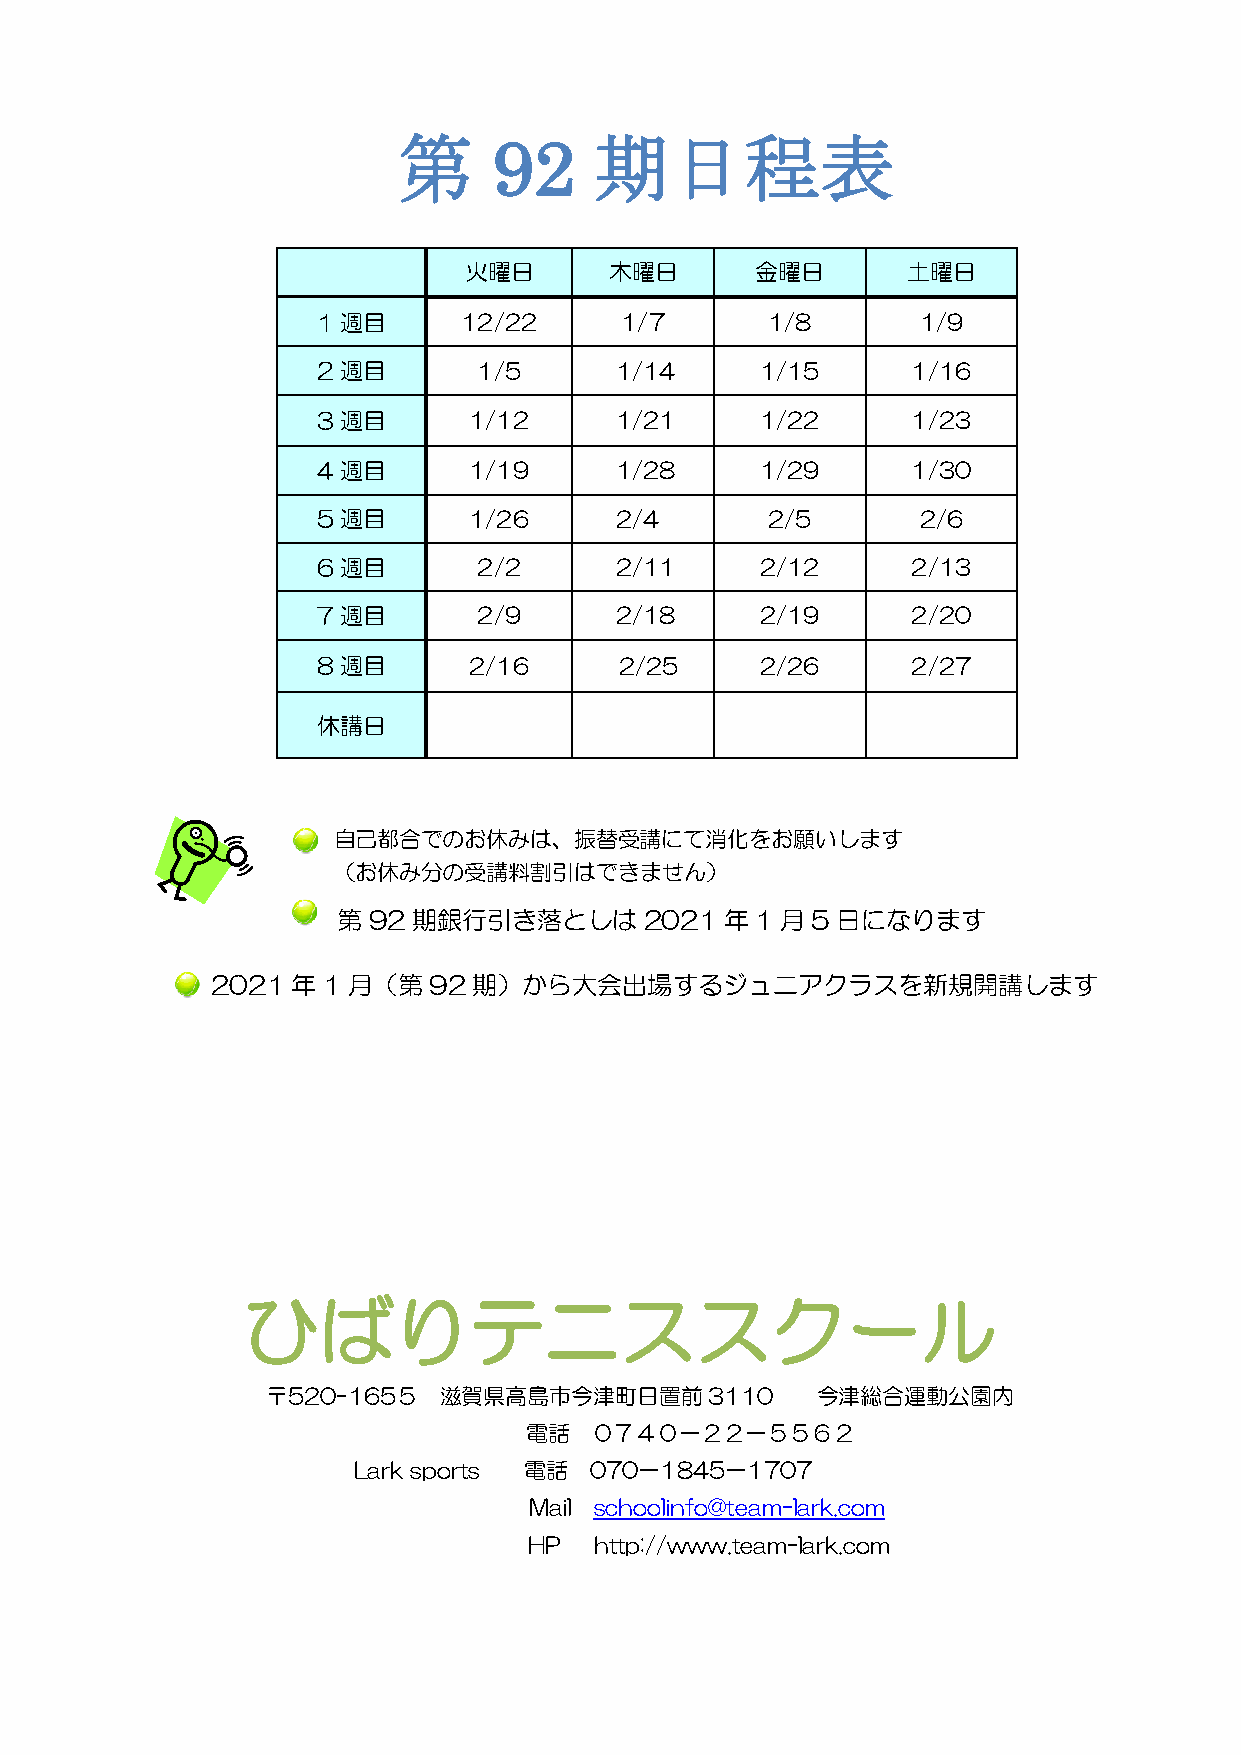
第      92    期日程表
 火曜日      木曜日       金曜日       土曜日
 1週目       12/22     1/7       1/8       1/9
 2週目        1/5      1/14     1/15      1/16
 3週目       1/12      1/21     1/22      1/23
 4週目       1/19      1/28     1/29      1/30
 5週目       1/26      2/4       2/5       2/6
 6週目        2/2      2/11     2/12      2/13
 7週目        2/9      2/18     2/19      2/20
 8週目       2/16      2/25     2/26      2/27
 休講日
 自己都合でのお休みは、振替受講にて消化をお願いします
 （お休み分の受講料割引はできません）
 第92  期銀行引き落としは       2021年1月5    日になります
 2021年1月（第     92期）から大会出場するジュニアクラスを新規開講します
 ひ    ばりテニススクール
 〒520-165５  滋賀県高島市今津町日置前3110         今津総合運動公園内
 電話  ０７４０－２２－５５６２
 Lark sports 電話  070－1845－1707
 Mail schoolinfo@team-lark.com
 HP  http://www.team-lark.com